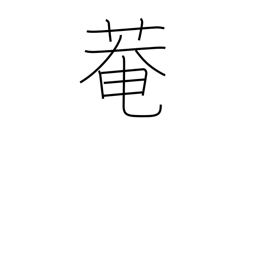
Meaning: hermitage